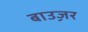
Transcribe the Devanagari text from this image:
बाउ़ज़र